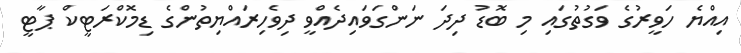
އިިއްޔެ ހަވީރުގެ ވަގުތުގައި މި ބޮޑު ދިދަ ނަންގަވައިދެއްވީ ދިވެހިރައްޔިތުންގެ ޑިމޮކްރަޓީކް ޕާޓީ